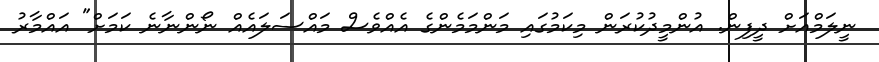
ނީލަމްއަށް ދީފިން. އުންމީދުކުރަން މިކަމުގައި މަންމަމެންގެ އެއްވެސް މައްސަލައެއް ނޯންނާނެ ކަމަށް" އައްމާރު